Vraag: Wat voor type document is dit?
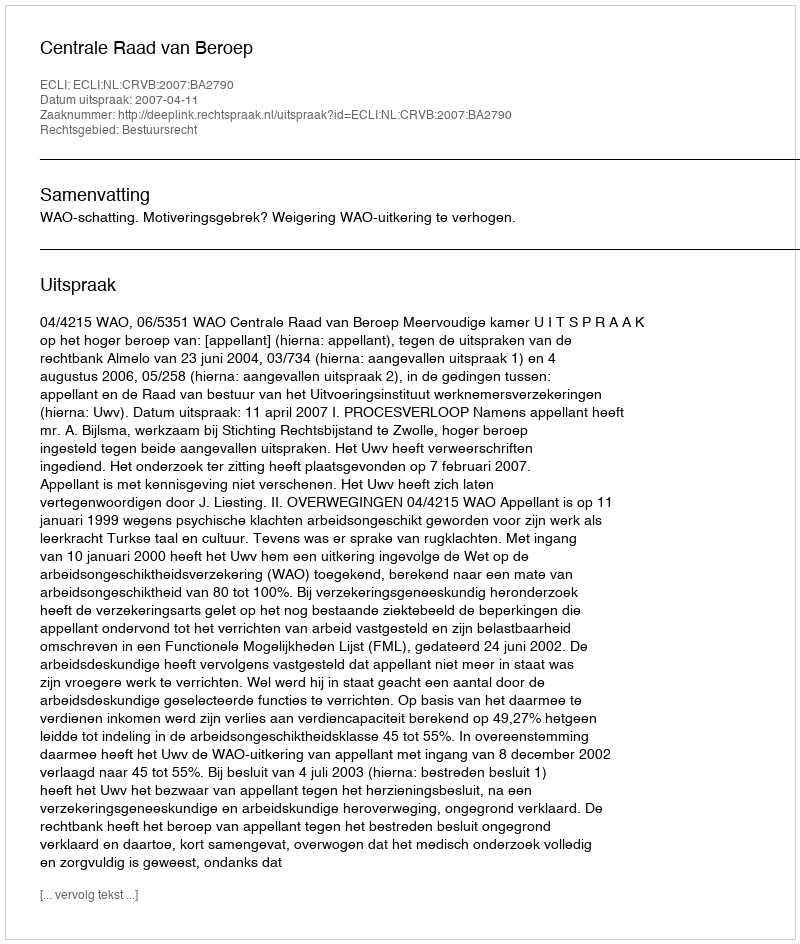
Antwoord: Uitspraak